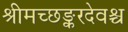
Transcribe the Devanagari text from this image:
श्रीमच्छङ्करदेवश्च